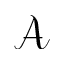
\mathcal A